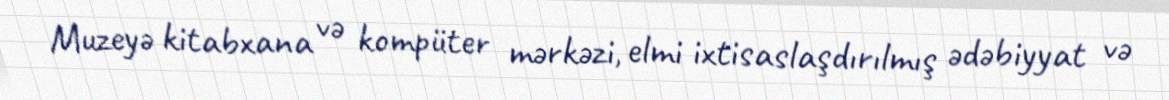
Muzeyə kitabxana və kompüter mərkəzi, elmi ixtisaslaşdırılmış ədəbiyyat və